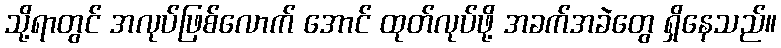
သို့ရာတွင် အလုပ်ဖြစ်လောက် အောင် ထုတ်လုပ်ဖို့ အခက်အခဲတွေ ရှိနေသည်။